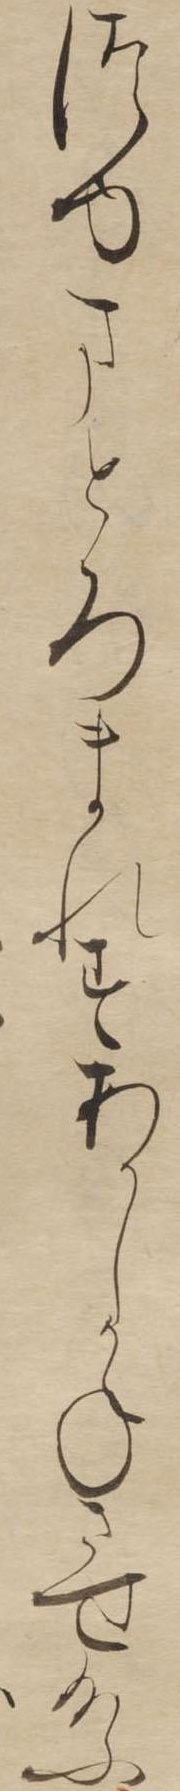
つゆまとろまれすあかしかねさせ給ふ